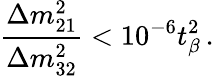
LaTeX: {\frac{\Delta m_{21}^{2}}{\Delta m_{32}^{2}}}<10^{-6}t_{\beta}^{2}\, .